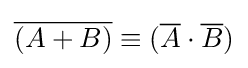
{\overline {(A+B)}}\equiv ({\overline {A}}\cdot {\overline {B}})